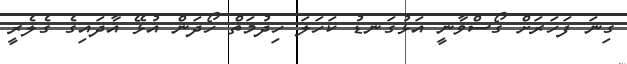
ގިނަ ފަހަރަށް ގޯސްވާނީ އަޅުގަނޑު ކަހަލަ ހިދުމަތް ހޯދަން އުޅޭ އާދައިގެ ގެލެރީ